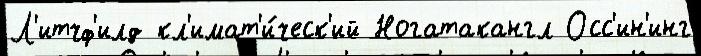
Л'итчф'илд кл'имат'и́ческ'ий Ногатакангл Осс'ин'инг